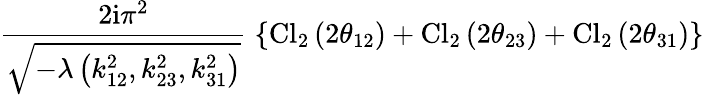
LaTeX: \frac{2\mathrm{i}\pi^{2}}{\sqrt{-\lambda\left(k_{12}^{2},k_{23}^{2},k_{31}^{2}\right)}}\; \left\{ \mathrm{Cl}_{2}\left(2\theta_{12}\right)+\mathrm{Cl}_{2}\left(2\theta_{23}\right)+\mathrm{Cl}_{2}\left(2\theta_{31}\right)\right\}